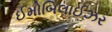
ઈમોબિલાઈઝર